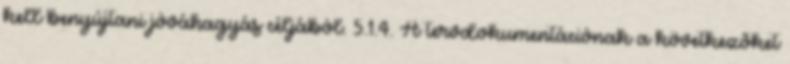
kell benyújtani jóváhagyás céljából. 5.1.4. A tervdokumentációnak a következõket